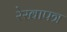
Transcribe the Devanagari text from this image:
रेखापत्र